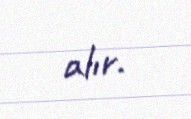
alır.